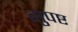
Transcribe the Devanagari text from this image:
सुपष्ट